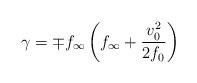
LaTeX: \begin{align*}\gamma = \mp f_{\infty} \left( f_{\infty} + {v_0 ^2 \over 2 f_0} \right)\end{align*}